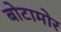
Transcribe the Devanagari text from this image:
बोटामोर